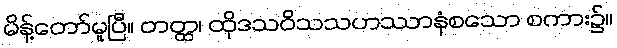
မိန့်တော်မူပြီ။ တတ္ထ၊ ထိုဒသဝိသသဟဿာနံစသော စကား၌။